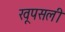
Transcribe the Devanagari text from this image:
खूपसली